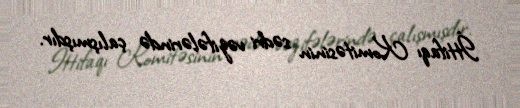
İttifaqı Komitəsinin sədri vəzifələrində çalışmışdır.